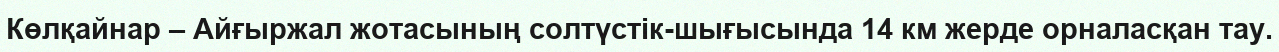
Көлқайнар – Айғыржал жотасының солтүстік-шығысында 14 км жерде орналасқан тау.